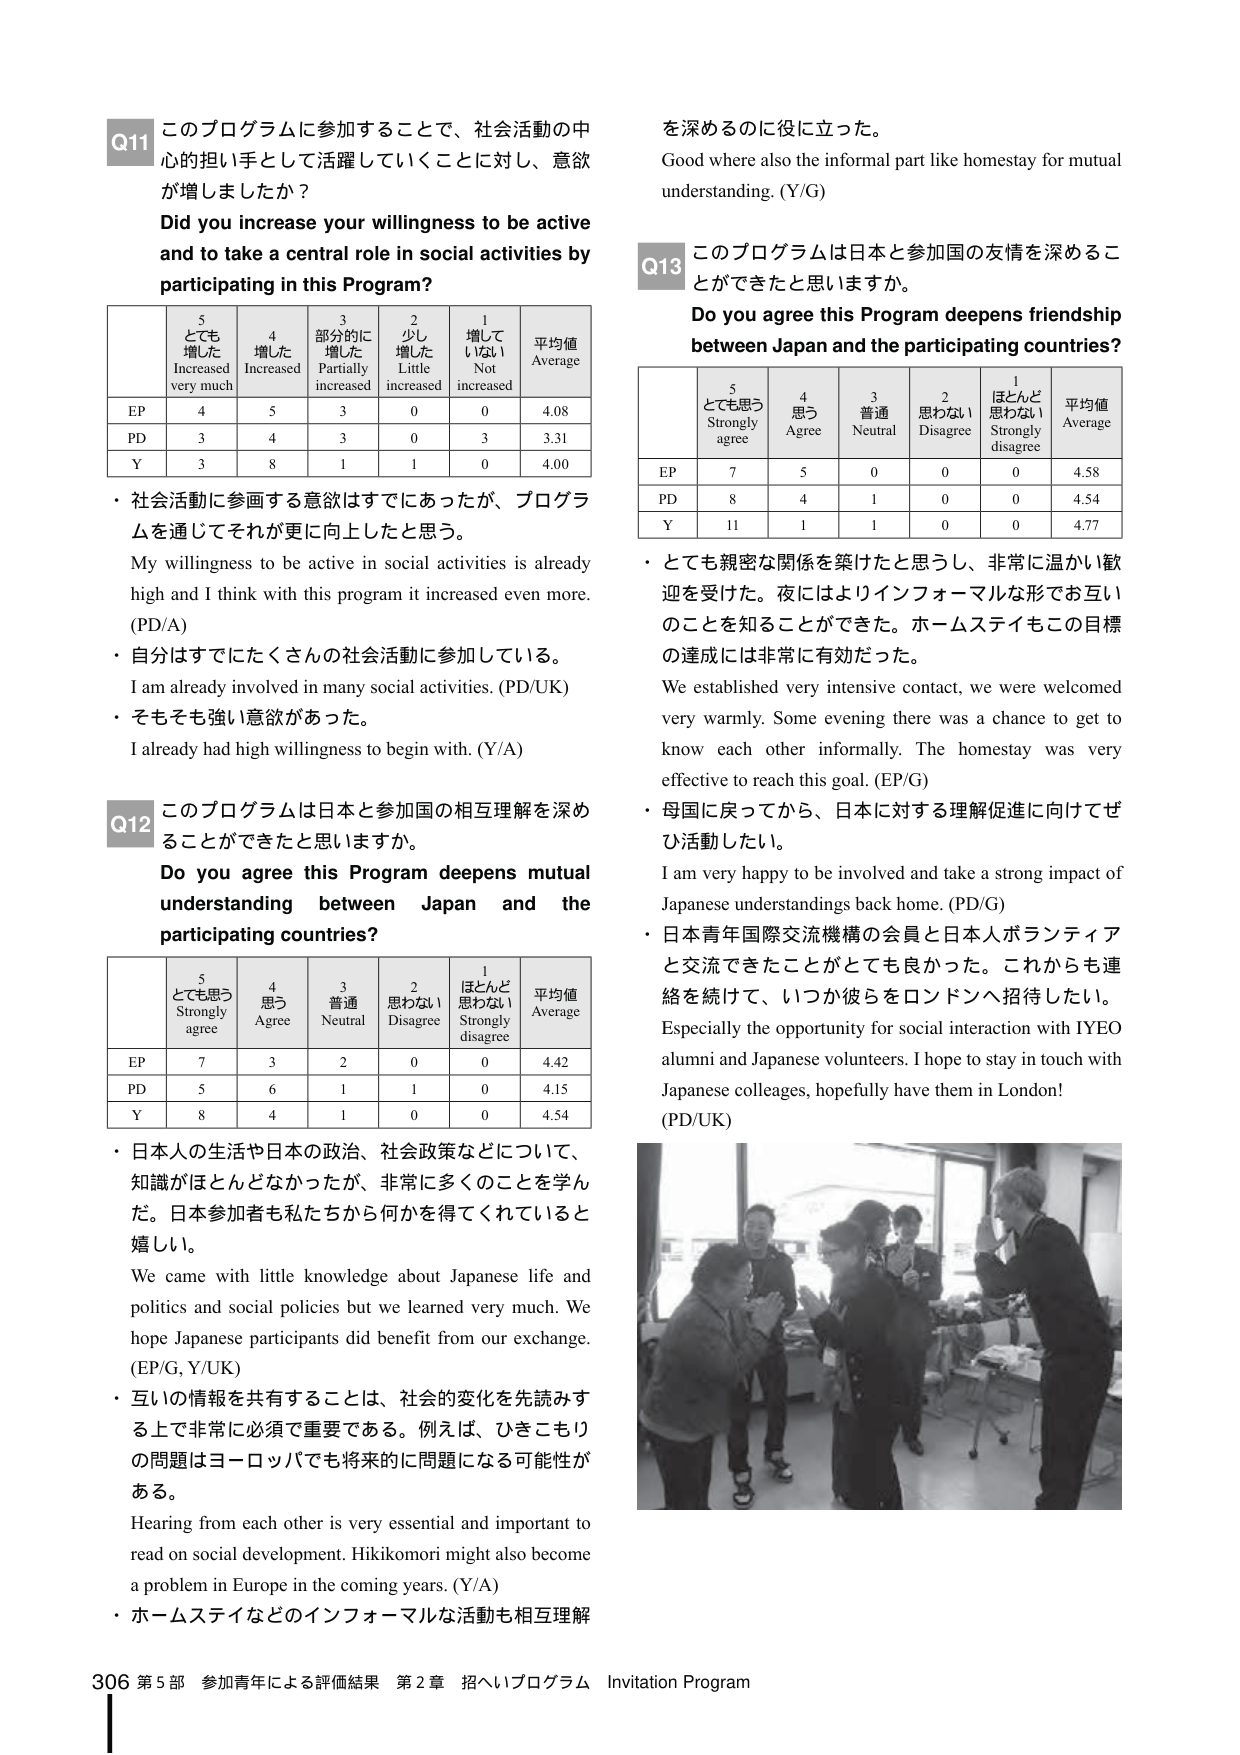
Q11 このプログラムに参加することで、社会活動の中心的担い手として活躍していくことに対し、意欲が増しましたか？
Did you increase your willingness to be active and to take a central role in social activities by participating in this Program?

| | 5 とても増した Increased very much | 4 増した Increased | 3 部分的に増した Partially increased | 2 少し増した Little increased | 1 増していなし Not increased | 平均値 Average |
|---|---|---|---|---|---|---|
| EP | 4 | 5 | 3 | 0 | 0 | 4.08 |
| PD | 3 | 4 | 3 | 0 | 3 | 3.31 |
| Y | 3 | 8 | 1 | 1 | 0 | 4.00 |

・社会活動に参画する意欲はすでになかったが、プログラムを通じてそれが更に向上したと思う。
My willingness to be active in social activities is already high and I think with this program it increased even more. (PD/A)
・自分はすでにたくさんの社会活動に参加している。
I am already involved in many social activities. (PD/UK)
・そもそも強い意欲があった。
I already had high willingness to begin with. (Y/A)

Q12 このプログラムは日本と参加国の相互理解を深めることができたと思いますか。
Do you agree this Program deepens mutual understanding between Japan and the participating countries?

| | 5 とても思う Strongly agree | 4 思う Agree | 3 普通 Neutral | 2 思わない Disagree | 1 ほとんど思わない Strongly disagree | 平均値 Average |
|---|---|---|---|---|---|---|
| EP | 7 | 3 | 2 | 0 | 0 | 4.42 |
| PD | 5 | 6 | 1 | 1 | 0 | 4.15 |
| Y | 8 | 4 | 1 | 0 | 0 | 4.54 |

・日本人の生活や日本の政治、社会政策などについて、知識がほとんどなかったが、非常に多くのことを学んだ。日本参加者も私たちから何かを得てくれていると嬉しい。
We came with little knowledge about Japanese life and politics and social policies but we learned very much. We hope Japanese participants did benefit from our exchange. (EP/G, Y/UK)
・互いの情報を共有することは、社会の変化を先読みする上で非常に必須で重要である。例えば、ひきこもりの問題はヨーロッパでも将来的に問題になる可能性がある。
Hearing from each other is very essential and important to read on social development. Hikikomori might also become a problem in Europe in the coming years. (Y/A)
・ホームステイなどのインフォーマルな活動も相互理解を深めるのに役に立った。
Good where also the informal part like homestay for mutual understanding. (Y/G)

Q13 このプログラムは日本と参加国の友情を深めることができたと思いますか。
Do you agree this Program deepens friendship between Japan and the participating countries?

| | 5 とても思う Strongly agree | 4 思う Agree | 3 普通 Neutral | 2 思わない Disagree | 1 ほとんど思わない Strongly disagree | 平均値 Average |
|---|---|---|---|---|---|---|
| EP | 7 | 5 | 0 | 0 | 0 | 4.58 |
| PD | 8 | 4 | 1 | 0 | 0 | 4.54 |
| Y | 11 | 1 | 1 | 0 | 0 | 4.77 |

・とても親密な関係を築けたと思うし、非常に温かい歓迎を受けた。夜にはよりインフォーマルな形でお互いのことを知ることができた。ホームステイもこの目標の達成には非常に有効だった。
We established very intensive contact, we were welcomed very warmly. Some evening there was a chance to get to know each other informally. The homestay was very effective to reach this goal. (EP/G)
・母国に戻ってから、日本に対する理解促進に向けてぜひ活動したい。
I am very happy to be involved and take a strong impact of Japanese understandings back home. (PD/G)
・日本青年国際交流機構の会員と日本人ボランティアと交流できたことがとても良かった。これからも連絡を続けて、いつか彼らをロンドンへ招待したい。
Especially the opportunity for social interaction with IYEO alumni and Japanese volunteers. I hope to stay in touch with Japanese colleagues, hopefully have them in London! (PD/UK)

306 第5部 参加青年による評価結果 第2章 招へいプログラム Invitation Program